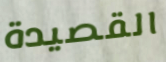
القصيدة